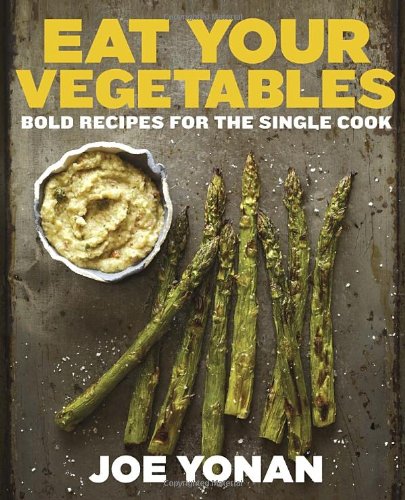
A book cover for Eat Your Vegetables: Bold Recipes for the Single Cook; Joe Yonan; Cookbooks, Food & Wine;